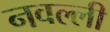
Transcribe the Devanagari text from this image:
नवल्ली